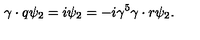
\gamma \cdot q \psi _ { 2 } = i \psi _ { 2 } = - i \gamma ^ { 5 } \gamma \cdot r \psi _ { 2 } .